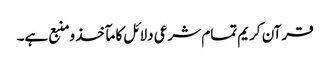
قرآن کریم تمام شرعی دلائل کا مآخذ ومنبع ہے۔